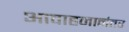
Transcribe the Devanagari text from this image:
आवाहनानंतर